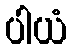
ပါယံ